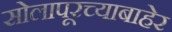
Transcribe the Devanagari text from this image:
सोलापूरच्याबाहेर